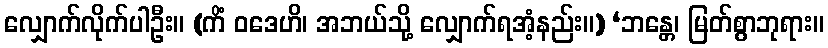
လျှောက်လိုက်ပါဦး။ (ကိံ ဝဒေဟိ၊ အဘယ်သို့ လျှောက်ရအံ့နည်း။) ‘ဘန္တေ၊ မြတ်စွာဘုရား။